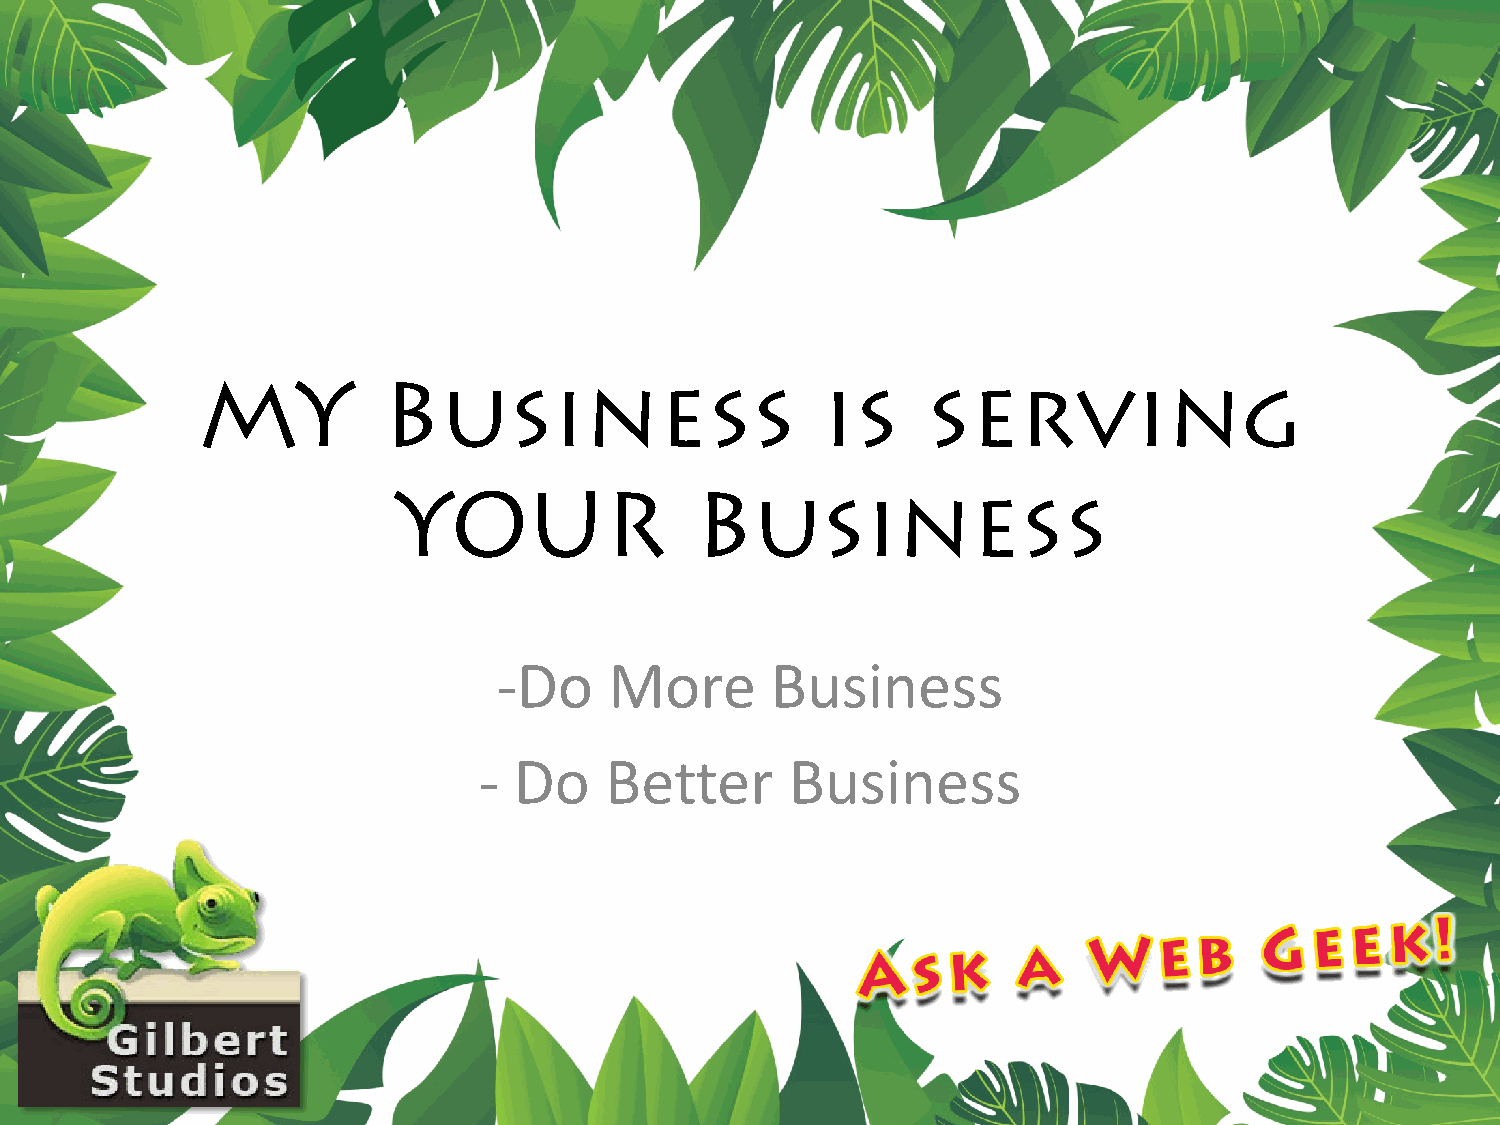
MY          Business                     is     serving
 YOUR                Business
 -Do    More       Business
 - Do    Better      Business